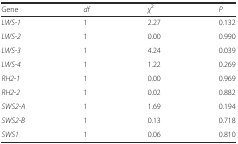
<table><thead><tr><td><b>Gene</b></td><td><b><i>df</i></b></td><td><b><i>χ</i><sup>2</sup></b></td><td><b><i>P</i></b></td></tr></thead><tbody><tr><td><i>LWS-1</i></td><td>1</td><td>2.27</td><td>0.132</td></tr><tr><td><i>LWS-2</i></td><td>1</td><td>0.00</td><td>0.990</td></tr><tr><td><i>LWS-3</i></td><td>1</td><td>4.24</td><td>0.039</td></tr><tr><td><i>LWS-4</i></td><td>1</td><td>1.22</td><td>0.269</td></tr><tr><td><i>RH2-1</i></td><td>1</td><td>0.00</td><td>0.969</td></tr><tr><td><i>RH2-2</i></td><td>1</td><td>0.02</td><td>0.882</td></tr><tr><td><i>SWS2-A</i></td><td>1</td><td>1.69</td><td>0.194</td></tr><tr><td><i>SWS2-B</i></td><td>1</td><td>0.13</td><td>0.718</td></tr><tr><td><i>SWS1</i></td><td>1</td><td>0.06</td><td>0.810</td></tr></tbody></table>